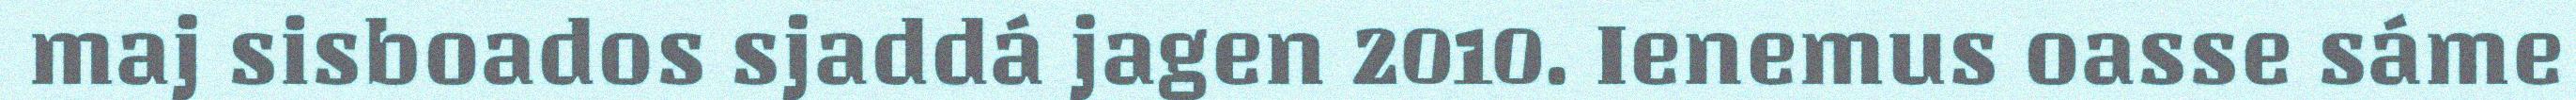
maj sisboados sjaddá jagen 2010. Ienemus oasse sáme